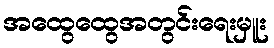
အထွေထွေအတွင်းရေးမှူး